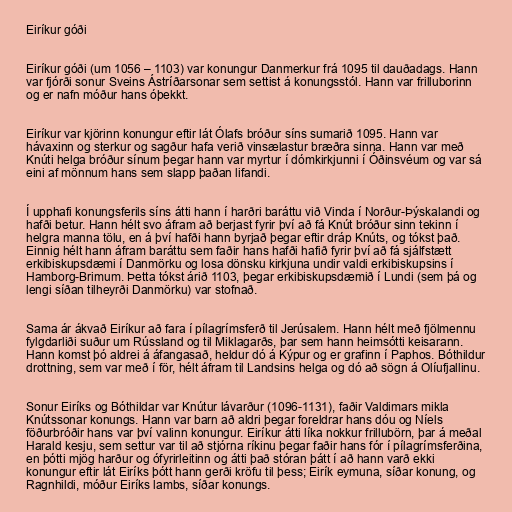
Eiríkur góði

Eiríkur góði (um 1056 – 1103) var konungur Danmerkur frá 1095 til dauðadags. Hann
var fjórði sonur Sveins Ástríðarsonar sem settist á konungsstól. Hann var frilluborinn
og er nafn móður hans óþekkt.

Eiríkur var kjörinn konungur eftir lát Ólafs bróður síns sumarið 1095. Hann var
hávaxinn og sterkur og sagður hafa verið vinsælastur bræðra sinna. Hann var með
Knúti helga bróður sínum þegar hann var myrtur í dómkirkjunni í Óðinsvéum og var sá
eini af mönnum hans sem slapp þaðan lifandi.

Í upphafi konungsferils síns átti hann í harðri baráttu við Vinda í Norður-Þýskalandi og
hafði betur. Hann hélt svo áfram að berjast fyrir því að fá Knút bróður sinn tekinn í
helgra manna tölu, en á því hafði hann byrjað þegar eftir dráp Knúts, og tókst það.
Einnig hélt hann áfram baráttu sem faðir hans hafði hafið fyrir því að fá sjálfstætt
erkibiskupsdæmi í Danmörku og losa dönsku kirkjuna undir valdi erkibiskupsins í
Hamborg-Brimum. Þetta tókst árið 1103, þegar erkibiskupsdæmið í Lundi (sem þá og
lengi síðan tilheyrði Danmörku) var stofnað.

Sama ár ákvað Eiríkur að fara í pílagrímsferð til Jerúsalem. Hann hélt með fjölmennu
fylgdarliði suður um Rússland og til Miklagarðs, þar sem hann heimsótti keisarann.
Hann komst þó aldrei á áfangasað, heldur dó á Kýpur og er grafinn í Paphos. Bóthildur
drottning, sem var með í för, hélt áfram til Landsins helga og dó að sögn á Olíufjallinu.

Sonur Eiríks og Bóthildar var Knútur lávarður (1096-1131), faðir Valdimars mikla
Knútssonar konungs. Hann var barn að aldri þegar foreldrar hans dóu og Níels
föðurbróðir hans var því valinn konungur. Eiríkur átti líka nokkur frillubörn, þar á meðal
Harald kesju, sem settur var til að stjórna ríkinu þegar faðir hans fór í pílagrímsferðina,
en þótti mjög harður og ófyrirleitinn og átti það stóran þátt í að hann varð ekki
konungur eftir lát Eiríks þótt hann gerði kröfu til þess; Eirík eymuna, síðar konung, og
Ragnhildi, móður Eiríks lambs, síðar konungs.